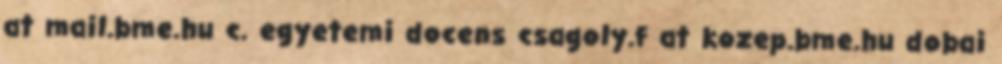
at mail.bme.hu c. egyetemi docens csagoly.f at kozep.bme.hu dobai